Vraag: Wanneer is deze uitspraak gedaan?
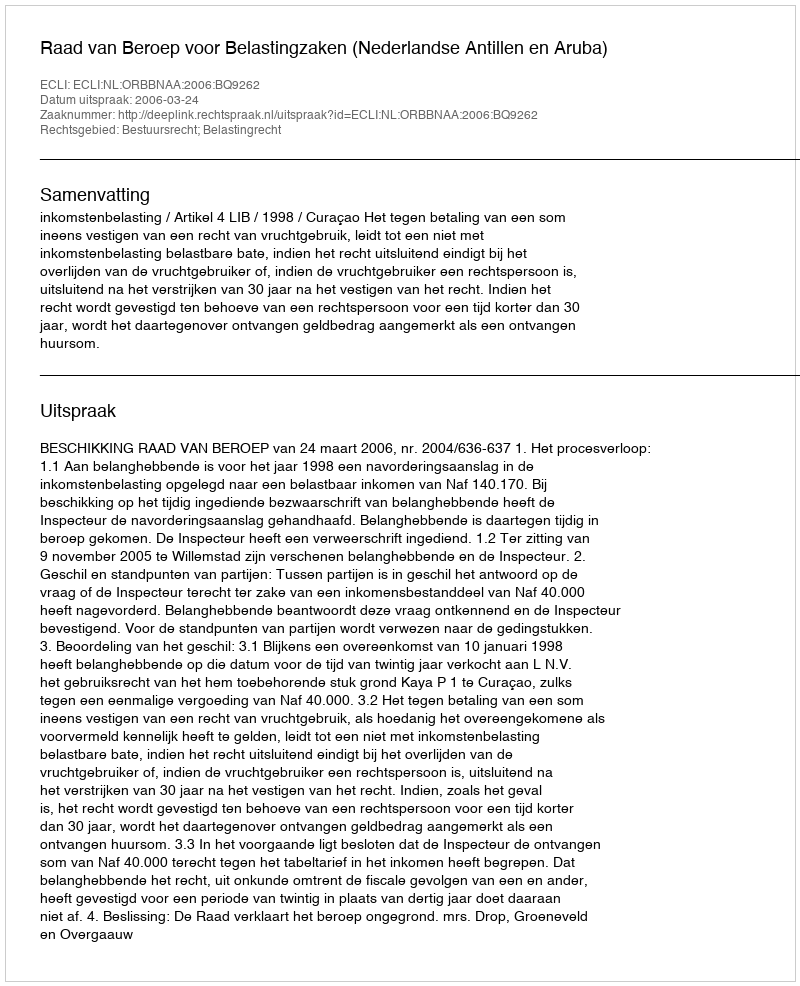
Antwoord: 2006-03-24